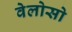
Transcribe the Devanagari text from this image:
वेलोसो